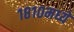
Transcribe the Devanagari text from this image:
१८१०मध्ये